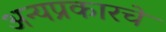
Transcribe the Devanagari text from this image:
अन्यप्रकारचे